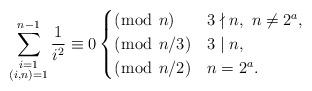
LaTeX: \begin{align*}\sum_{\substack{i=1\\ (i,n)=1}}^{n-1}\frac{1}{i^2}\equiv 0\begin{cases}(\bmod{\ n}) & 3\nmid n,\ n\ne 2^a,\\(\bmod{\ n/3}) & 3\mid n,\\(\bmod{\ n/2}) & n=2^a.\end{cases}\end{align*}